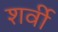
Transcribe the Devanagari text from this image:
शर्वी